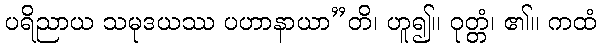
ပရိညာယ သမုဒယဿ ပဟာနာယာ”တိ၊ ဟူ၍။ ဝုတ္တံ၊ ၏။ ကထံ